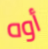
أوه